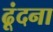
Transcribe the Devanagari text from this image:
ढूंदना